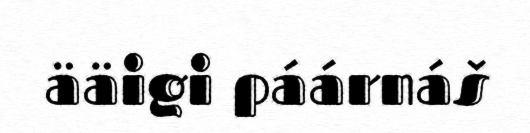
ääigi páárnáš